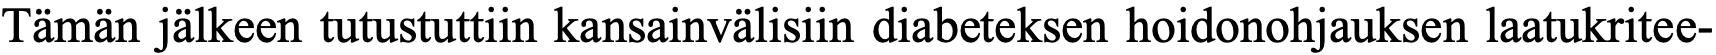
Tämän jälkeen tutustuttiin kansainvälisiin diabeteksen hoidonohjauksen laatukritee-